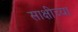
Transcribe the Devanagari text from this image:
साक्षीच्या